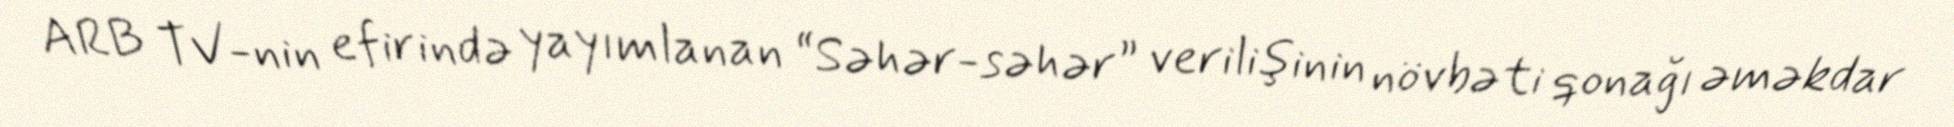
ARB TV-nin efirində yayımlanan “Səhər-səhər” verilişinin növbəti qonağı əməkdar